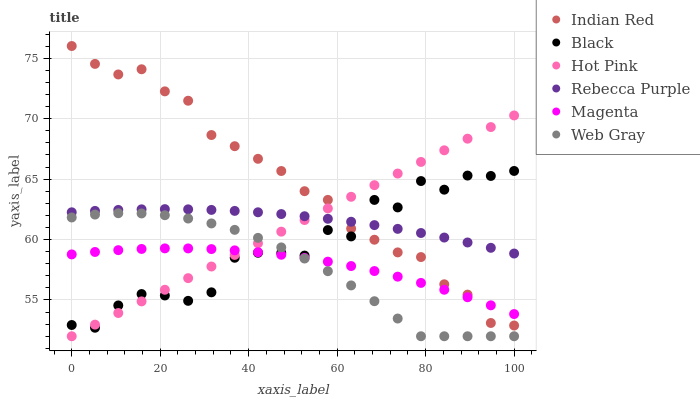
| xaxis_label | Indian Red | Black | Hot Pink | Rebecca Purple | Magenta | Web Gray |
 | --- | --- | --- | --- | --- | --- | --- |
 | 0 | 76 | 52.9 | 52 | 62.3 | 58.8 | 61.8 |
 | 5.26 | 74.5 | 52.7 | 53 | 62.4 | 59 | 62.1 |
 | 10.5 | 73.7 | 54.5 | 53.9 | 62.5 | 59.1 | 62.2 |
 | 15.8 | 74.1 | 55.5 | 54.9 | 62.5 | 59.2 | 62.2 |
 | 21.1 | 72.3 | 55.4 | 55.8 | 62.5 | 59.3 | 62 |
 | 26.3 | 71.5 | 54.9 | 56.8 | 62.5 | 59.3 | 61.7 |
 | 31.6 | 68.6 | 55.6 | 57.8 | 62.5 | 59.2 | 61.3 |
 | 36.8 | 67.7 | 58.5 | 58.7 | 62.4 | 59.1 | 60.8 |
 | 42.1 | 66.7 | 58.9 | 59.7 | 62.3 | 58.9 | 60.1 |
 | 47.4 | 65.7 | 58.9 | 60.7 | 62.1 | 58.7 | 59.3 |
 | 52.6 | 64 | 58.7 | 61.6 | 61.9 | 58.5 | 58.4 |
 | 57.9 | 63.3 | 60.8 | 62.6 | 61.7 | 58.2 | 57.4 |
 | 63.2 | 60.9 | 60.3 | 63.5 | 61.5 | 57.8 | 56.2 |
 | 68.4 | 60 | 63.3 | 64.5 | 61.2 | 57.4 | 54.9 |
 | 73.7 | 58.9 | 62.7 | 65.5 | 60.9 | 56.9 | 53.5 |
 | 78.9 | 58.6 | 64.8 | 66.4 | 60.5 | 56.4 | 52 |
 | 84.2 | 56.3 | 64.1 | 67.4 | 60.2 | 55.8 | 52 |
 | 89.5 | 55.4 | 65.3 | 68.3 | 59.8 | 55.2 | 52 |
 | 94.7 | 53.1 | 65.3 | 69.3 | 59.3 | 54.6 | 52 |
 | 100 | 52.9 | 65.7 | 70.3 | 58.8 | 53.8 | 52 |